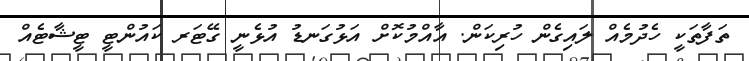
ތަފާތަކީ ހެދުމެއް ލައިގެން ހުރިކަން. އާއްމުކޮށް އަޅުގަނޑު އުޅެނީ ގޭޓަރ ކައުންޓީ ޓީޝާޓެއް